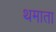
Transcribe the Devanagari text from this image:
थमाता